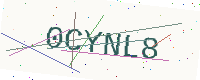
Text: 0CYNL8